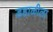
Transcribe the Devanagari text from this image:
डहाळीला